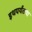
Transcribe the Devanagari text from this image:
इथपर्यंतचा